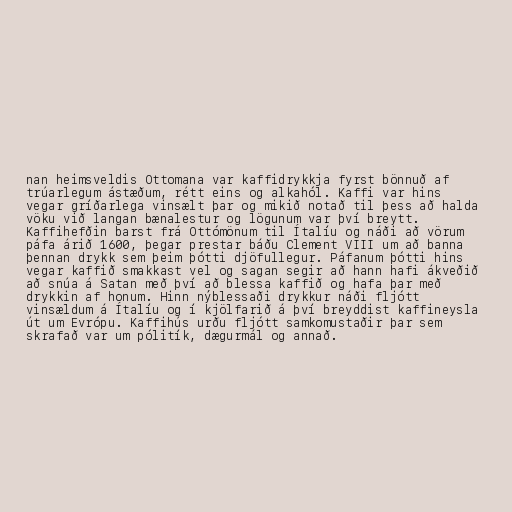
nan heimsveldis Ottomana var kaffidrykkja fyrst bönnuð af
trúarlegum ástæðum, rétt eins og alkahól. Kaffi var hins
vegar gríðarlega vinsælt þar og mikið notað til þess að halda
vöku við langan bænalestur og lögunum var því breytt.
Kaffihefðin barst frá Ottómönum til Ítalíu og náði að vörum
páfa árið 1600, þegar prestar báðu Clement VIII um að banna
þennan drykk sem þeim þótti djöfullegur. Páfanum þótti hins
vegar kaffið smakkast vel og sagan segir að hann hafi ákveðið
að snúa á Satan með því að blessa kaffið og hafa þar með
drykkin af honum. Hinn nýblessaði drykkur náði fljótt
vinsældum á Ítalíu og í kjölfarið á því breyddist kaffineysla
út um Evrópu. Kaffihús urðu fljótt samkomustaðir þar sem
skrafað var um pólitík, dægurmál og annað.